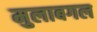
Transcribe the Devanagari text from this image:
मुलाबगल